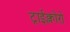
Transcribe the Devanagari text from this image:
ट्राईक्लोरो